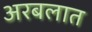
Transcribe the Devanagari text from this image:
अरबलात